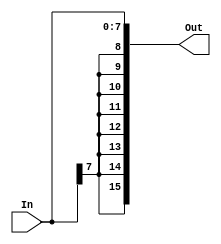
/********************************************************************************************************
/		MODULE: Bit8_SExt
/		PURPOSE: Given a 8 bit input sign extend it up to 16 bits
/
/		INPUTS: In[7:0] - Input to sign extend
/
/		OUTPUTS: Out[15:0] - Signed Extended output
********************************************************************************************************/
module Bits8_SExt(In, Out);

	input [7:0] In;

	output [15:0] Out;
		
	assign Out = {{8{In[7]}}, In[7:0]};

	
endmodule